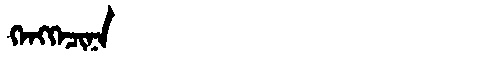
Manchu: ᡴᡝᠩᡴᡝᠴᡳᠨᠠ
Romanization: KENGKECINA